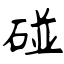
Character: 碰